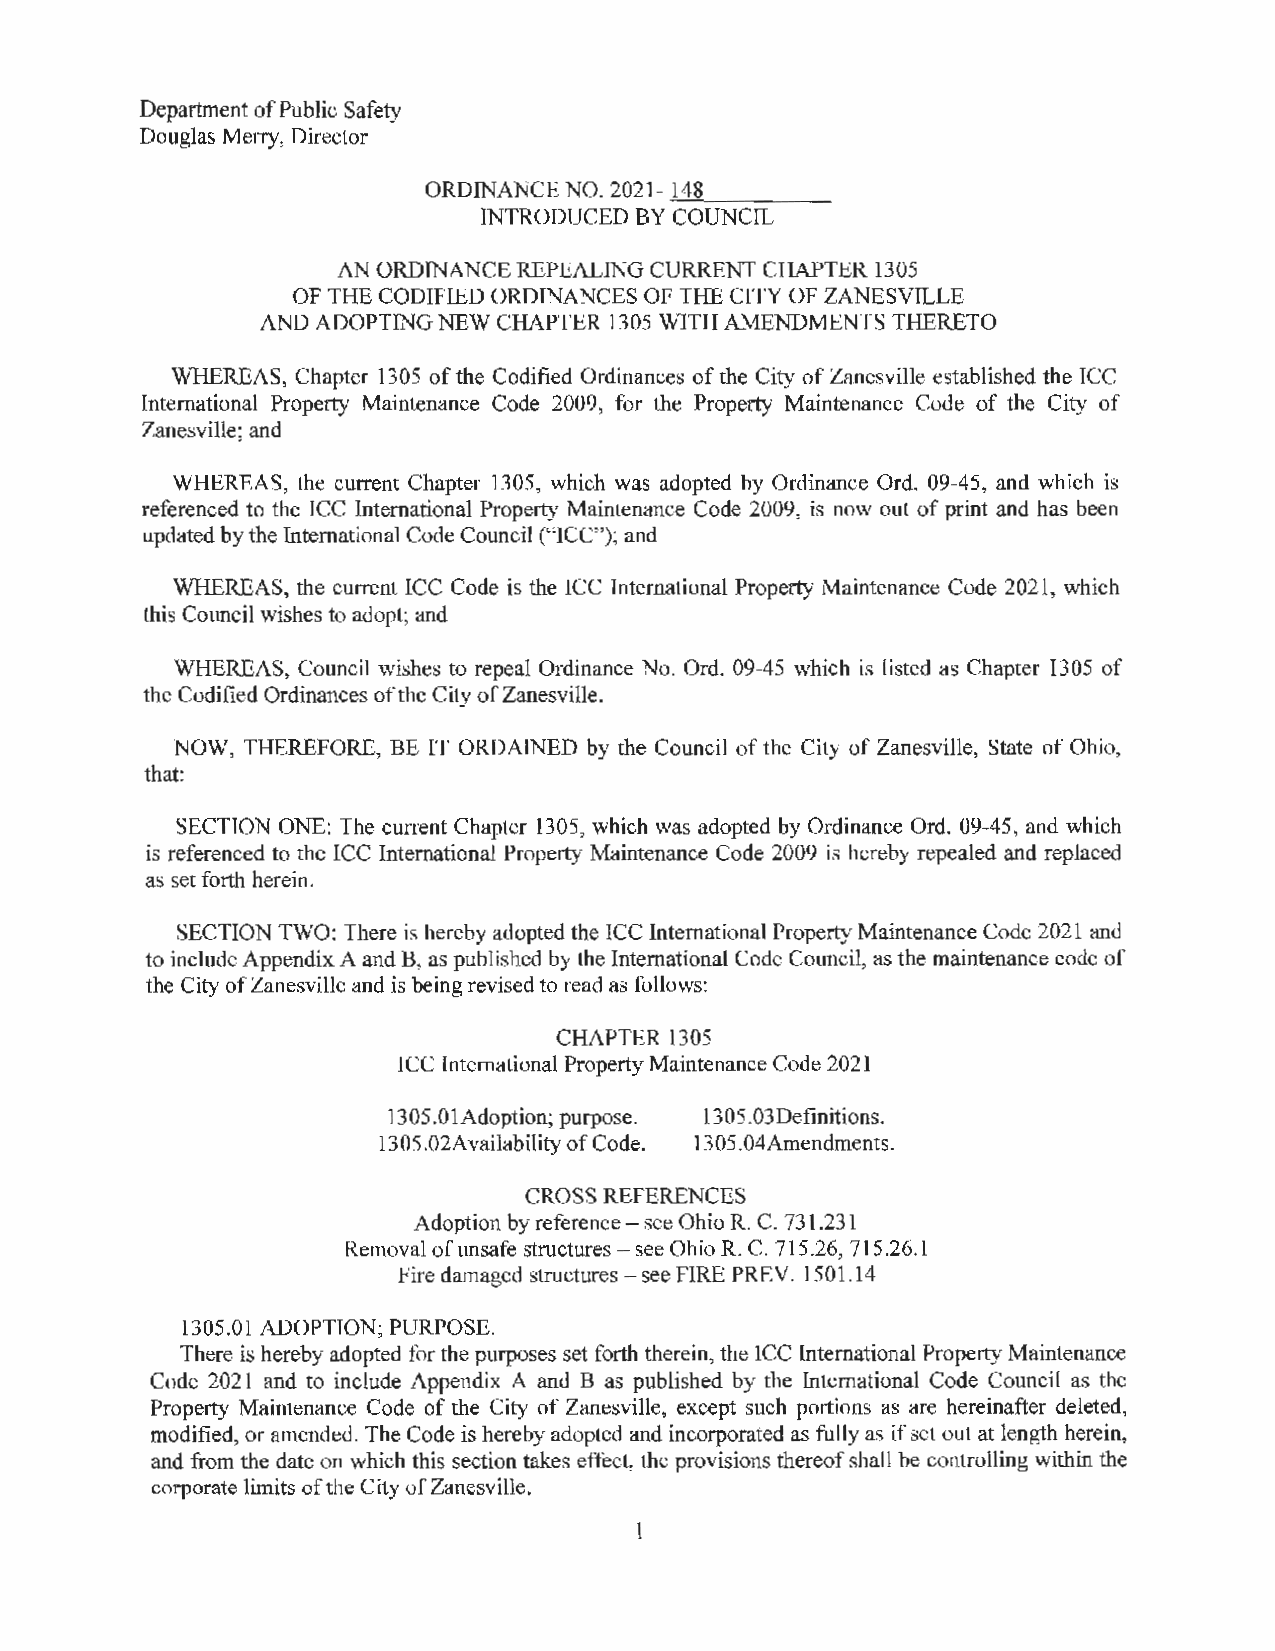
Department of Public Safety
 Douglas Merry, Director
 ORDINANCE NO. 2021- 148
 ------
 INTRODUCEDBYCOUNCIL
 AN ORDINANCE REPEALING CURRENT CHAPTER 1305
 OF THE CODIFIED ORDINANCES OF THE CITY OF ZANESVILLE
 AND ADOPTING NEW CHAPTER 1305 WITH AMENDMENTS THERETO
 WHEREAS, Chapter 1305 of the Codified Ordinances of the City of Zanesville established the ICC
 International Property Maintenance Code 2009, for the Property Maintenance Code of the City of
 Zanesville; and
 WHEREAS, the current Chapter 1305, which was adopted by Ordinance Ord. 09-45, and which is
 referenced to the ICC International Property Maintenance Code 2009, is now out of print and has been
 updated by the International Code Council ("ICC"); and
 WHEREAS, the current ICC Code is the ICC International Property Maintenance Code 2021, which
 this Council wishes to adopt; and
 WHEREAS, Council wishes to repeal Ordinance No. Ord. 09-45 which is listed as Chapter 1305 of
 the Codified Ordinances of the City of Zanesville.
 NOW, THEREFORE, BE IT ORDAINED by the Council of the City of Zanesville, State of Ohio,
 that:
 SECTION ONE: The current Chapter 1305, which was adopted by Ordinance Ord. 09-45, and which
 is referenced to the ICC International Property Maintenance Code 2009 is hereby repealed and replaced
 as set forth herein.
 SECTION TWO: There is hereby adopted the ICC lnternational Property Maintenance Code 2021 and
 to include Appendix A and B, as published by the International Code Council, as the maintenance code of
 the City of Zanesville and is being revised to read as follows:
 CHAPTER 1305
 ICC International Property Maintenance Code 2021
 1305.0lAdoption; purpose. l 305.03Definitions.
 1305.02Availability of Code. 1305.04Amendments.
 CROSS REFERENCES
 Adoption by reference - see Ohio R. C. 731.231
 Removal of unsafe structures - see Ohio R. C. 715.26, 715.26.1
 Fire damaged structures - see FIRE PREY. 1501.14
 1305.0 I ADOPTION; PURPOSE.
 There is hereby adopted for the purposes set forth therein, the ICC International Property Maintenance
 Code 2021 and to include Appendix A and B as published by the International Code Council as the
 Property Maintenance Code of the City of Zanesville, except such portions as are hereinafter deleted,
 modified, or amended. The Code is hereby adopted and incorporated as fully as if set out at length herein,
 and from the date on which this section takes effect, the provisions thereof shall be controlling within the
 corporate limits of the City of Zanesville.
 1